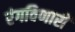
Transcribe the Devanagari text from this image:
रंगविणारी